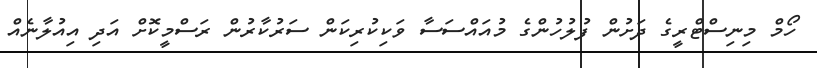
ހޯމް މިނިސްޓްރީގެ ދަށުން ފުލުހުންގެ މުއައްސަސާ ވަކިކުރިކަން ސަރުކާރުން ރަސްމީކޮށް އަދި އިއުލާނެއް